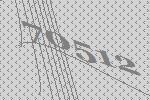
70512